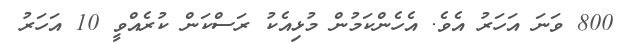
800 ވަނަ އަހަރު އެވެ. އެހެންކަމުން މުޅިއެކު ރަސްކަން ކުރެއްވީ 10 އަހަރު